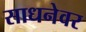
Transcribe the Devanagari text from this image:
साधनेवर